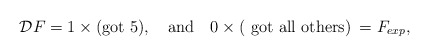
\begin{align*}{\cal D} F = 1\times \mbox{(got 5)}, \quad \mbox{and}\quad 0\times \mbox{( got all others)}\: = F_{exp}, \end{align*}